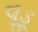
વૂડૂ